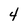
Character: 4